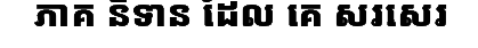
ភាគ និទាន ដែល គេ សរសេរ